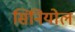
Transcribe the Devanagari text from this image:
सिनियोल